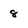
Character: 8